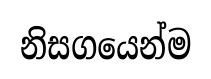
නිසගයෙන්ම